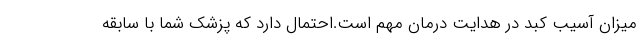
میزان آسیب کبد در هدایت درمان مهم است.احتمال دارد که پزشک شما با سابقه